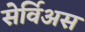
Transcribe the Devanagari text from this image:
सेर्विअस